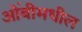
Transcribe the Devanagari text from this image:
ओंबीमधील